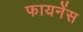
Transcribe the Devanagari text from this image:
फायनेंस